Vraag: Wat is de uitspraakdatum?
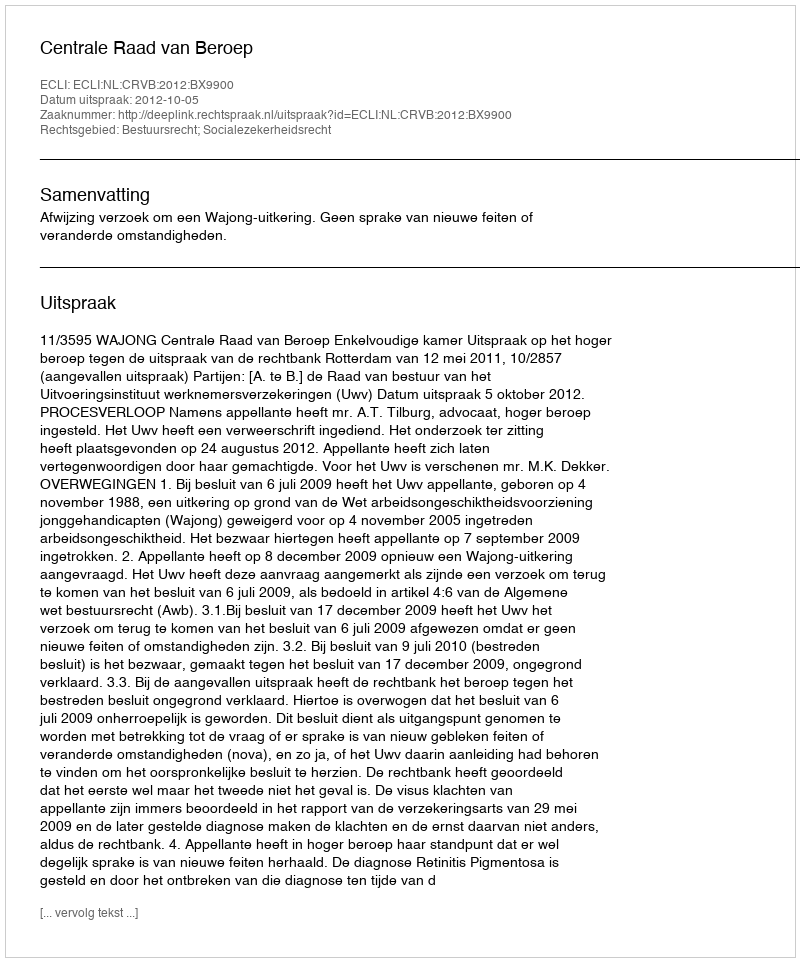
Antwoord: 2012-10-05